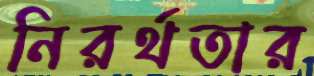
নিরর্থতার